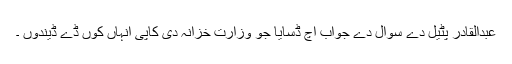
عبدالقادر پٹیل دے سوال دے جواب اچ ڈسایا جو وزارت خزانہ دی کاپی انہاں کوں ڈے ڈیندوں ۔